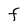
Character: F